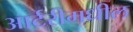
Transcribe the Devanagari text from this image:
आर्टरीमधील